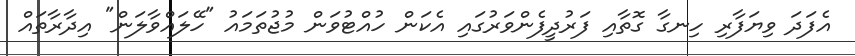
އެފަދަ ވިޔަފާރި ހިނގާ ގޮތާއި ފަރުދީފެންވަރުގައި އެކަން ހުއްޓުވަން މުޖުތަމައު "ހޭލައްވާލަން" އިދާރާތައް